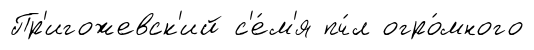
Пр'игожевск'ий с'е́м'я пч́л огро́много